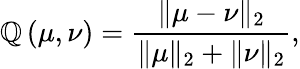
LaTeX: \mathbb{Q}\left(\mu,\nu\right)=\frac{{\| \mu-\nu\| _{2}}}{{\| \mu\| _{2}+\| \nu\| _{2}}},